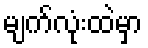
မျက်လုံးထဲမှာ